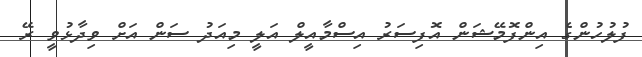
ފުލުހުންގެ އިންފޮމޭޝަން އޮފިސަރު އިސްމާއީލް އަލީ މިއަދު ސަން އަށް ވިދާޅުވީ ރޭ